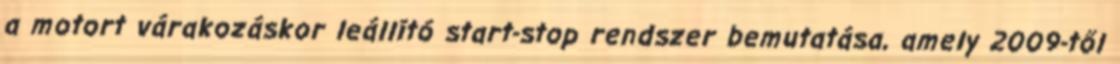
a motort várakozáskor leállító start-stop rendszer bemutatása, amely 2009-től